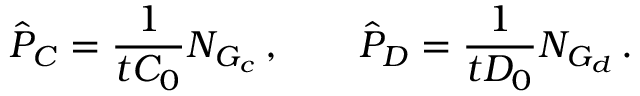
\hat { P } _ { C } = \frac { 1 } { t C _ { 0 } } N _ { G _ { c } } \, , \qquad \hat { P } _ { D } = \frac { 1 } { t D _ { 0 } } N _ { G _ { d } } \, .